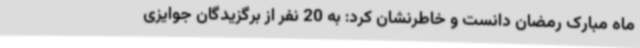
ماه مبارک رمضان دانست و خاطرنشان کرد: به 20 نفر از برگزیدگان جوایزی